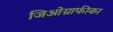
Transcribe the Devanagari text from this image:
जिओग्राफीका